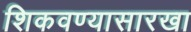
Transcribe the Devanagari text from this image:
शिकवण्यासारखा